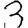
Digit: 3